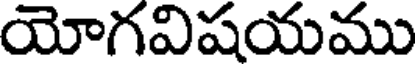
యోగవిషయము